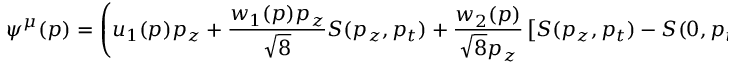
\psi ^ { \mu } ( p ) = \left( u _ { 1 } ( p ) p _ { z } + { \frac { w _ { 1 } ( p ) p _ { z } } { \sqrt { 8 } } } S ( p _ { z } , p _ { t } ) + { \frac { w _ { 2 } ( p ) } { \sqrt { 8 } p _ { z } } } \left[ S ( p _ { z } , p _ { t } ) - S ( 0 , p _ { t } ) \right] \right) \chi ^ { \mu } ,